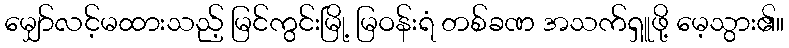
မျှော်လင့်မထားသည့် မြင်ကွင်းမြို့ မြဝန်းရံ တစ်ခဏ အသက်ရှူဖို့ မေ့သွား၏။